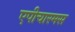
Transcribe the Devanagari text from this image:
एपीचारमस